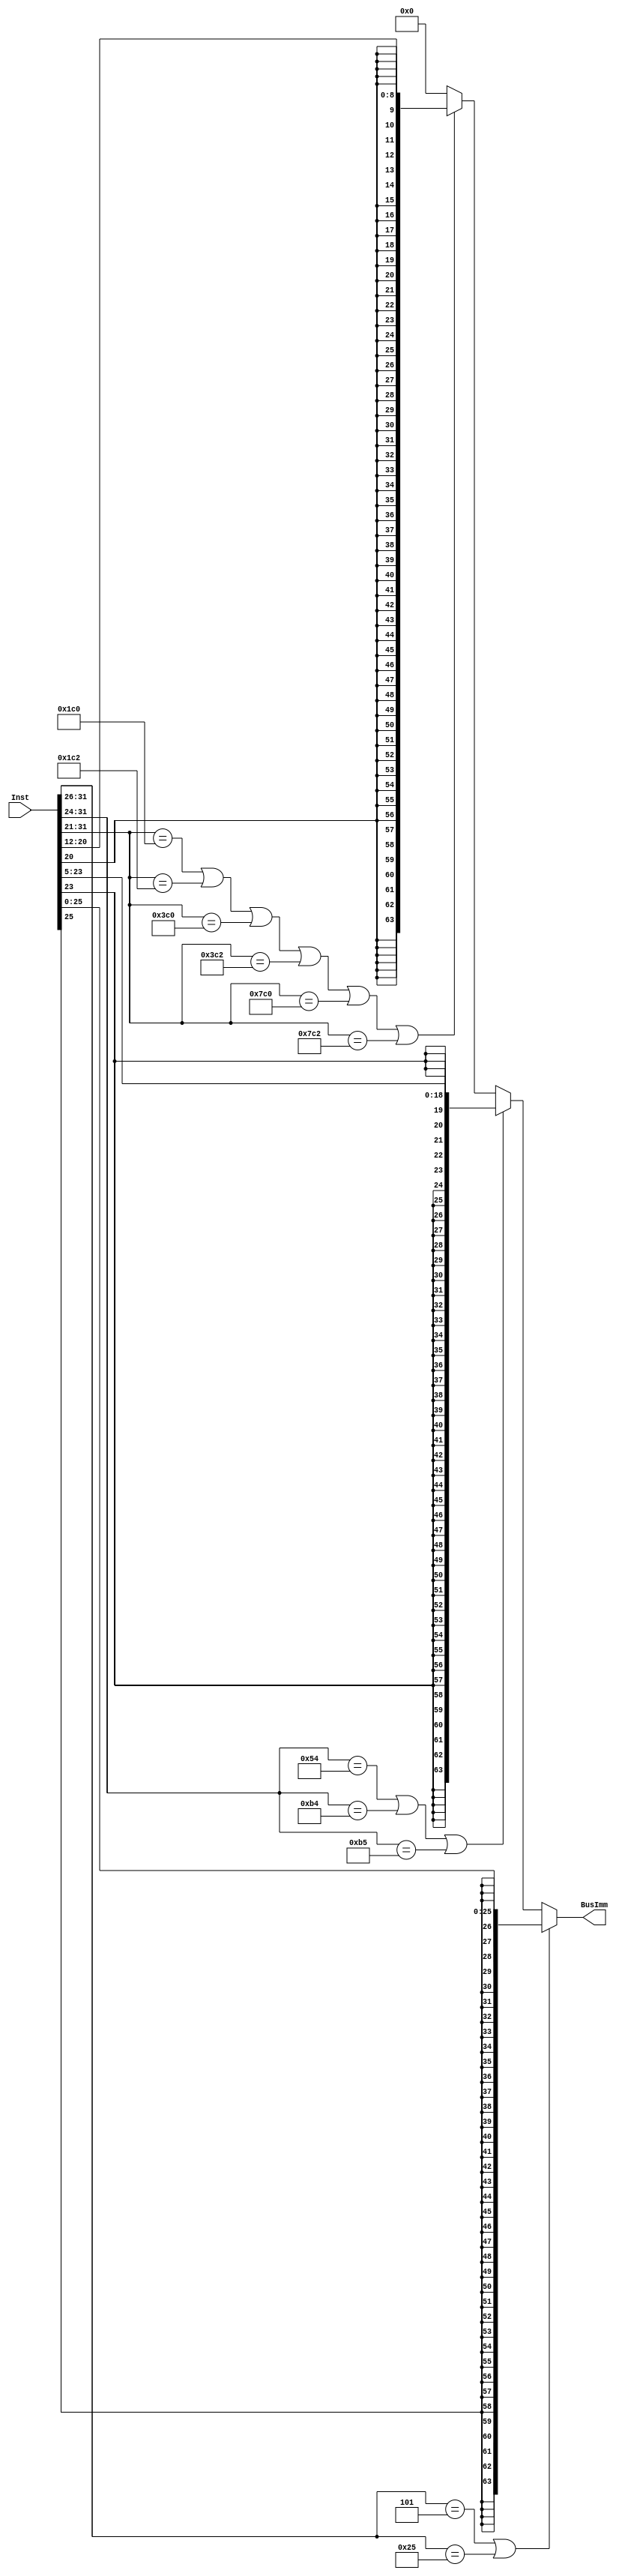
`timescale 1ns / 1ps

module SignExtender(Inst,BusImm);

output reg [63:0] BusImm;
input [31:0] Inst;

always @(*)
begin
	if(Inst[31:26] == 6'b000101 || Inst[31:26] == 6'b100101) //opcodes for B
		BusImm = {{38{Inst[25]}},Inst[25:0]}; //Type B

	else if (Inst[31:24] == 8'b01010100 || Inst[31:24] == 8'b10110100 || Inst[31:24] == 8'b10110101) //opcodes for cb
		BusImm = {{45{Inst[23]}},Inst[23:5]}; //Type CB

	else if (Inst[31:21] == 11'b00111000000 || Inst[31:21] == 11'b00111000010 || Inst[31:21] == 11'b01111000000 || 
		 Inst[31:21] == 11'b01111000010 || Inst[31:21] == 11'b11111000000 || Inst[31:21] == 11'b11111000010) //opcode for D
		BusImm = {{55{Inst[20]}},Inst[20:12]}; //Type D
	else
		BusImm = 64'b0; //default
end


endmodule